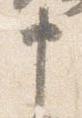
申